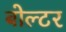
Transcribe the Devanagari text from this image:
बोल्टर